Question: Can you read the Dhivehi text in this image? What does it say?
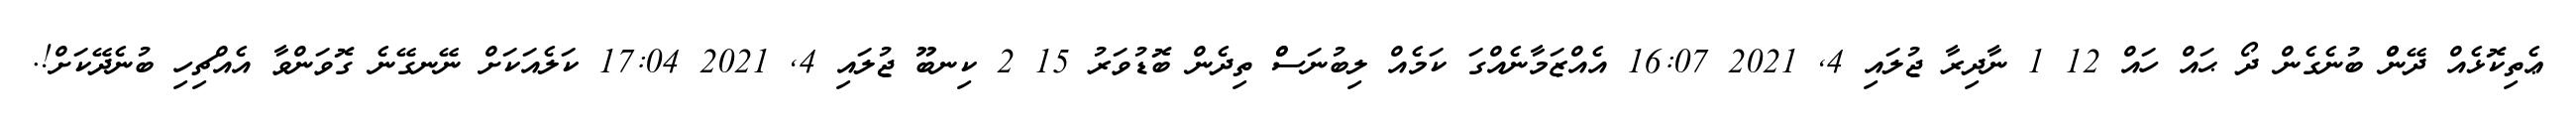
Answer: ޢެތިކޮޅެއް ދޭންް ބުނެގެން ދޯ ޙައް ހައް 12 1 ނާދިރާ ޖުލައި 4, 2021 16:07 އެއްޒަމާނެއްގަ ކަމެއް ލިބުނަސްް ތިދެން ބޮޑުވަރު 15 2 ކިނބޫ ޖުލައި 4, 2021 17:04 ކަލެއަކަށް ނޭނގޭނެ ގޮވަންވާ އެއްޗިހި ބުނެދޭކަށް!.